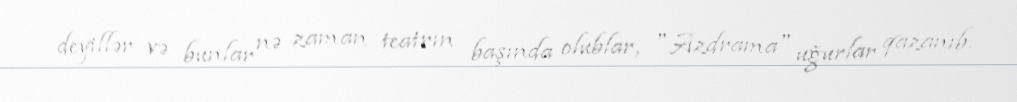
deyillər və bunlar nə zaman teatrın başında olublar, "Azdrama" uğurlar qazanıb.